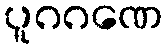
ပူဂဂဏေ